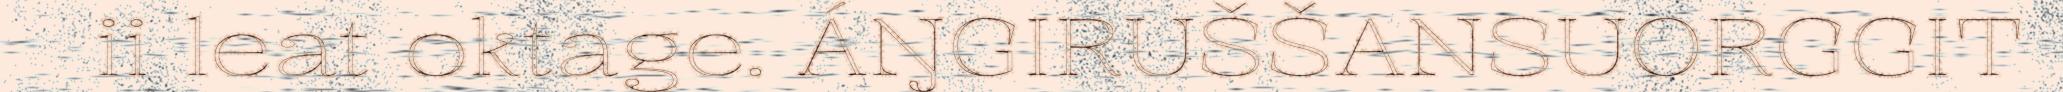
ii leat oktage. ÁŊGIRUŠŠANSUORGGIT